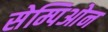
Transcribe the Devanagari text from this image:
सेम्पिओन